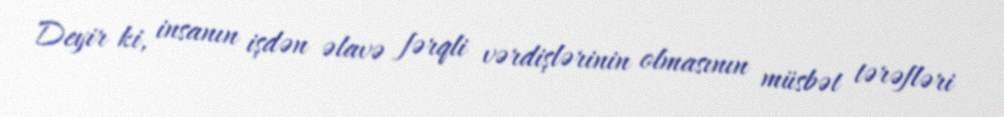
Deyir ki, insanın işdən əlavə fərqli vərdişlərinin olmasının müsbət tərəfləri